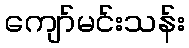
ကျော်မင်းသန်း